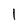
Character: I